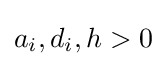
a_{i},d_{i},h>0